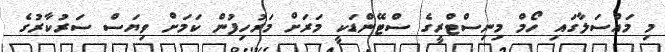
މި މައްސަލާގައި ހޯމް މިނިސްޓްރީގެ ސްޓޭންޑަކީ މަރަށް މަރުހިފުން ކަމަށް ވިޔަސް ސަރުކާރުގެ